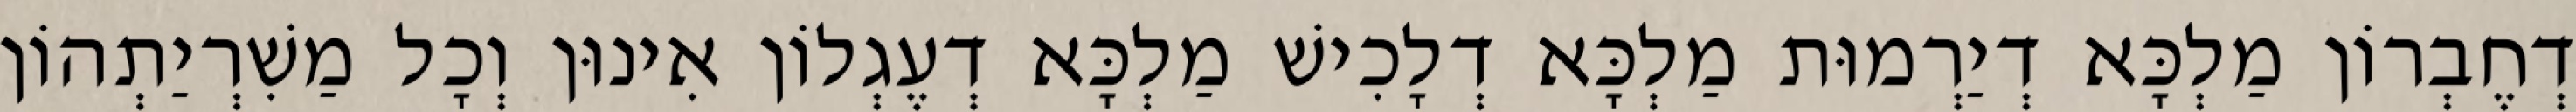
דְחֶבְרוֹן מַלְכָּא דְיַרְמוּת מַלְכָּא דְלָכִישׁ מַלְכָּא דְעֶגְלוֹן אִינוּן וְכָל מַשִׁרְיַתְהוֹן